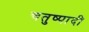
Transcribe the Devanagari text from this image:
चतुष्पादी